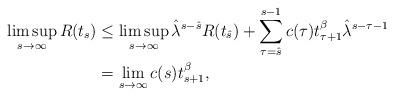
LaTeX: \begin{align*} \limsup_{s\to\infty}R(t_s)&\leq \limsup_{s\to\infty}\hat{\lambda}^{s-\hat{s}} R(t_{\hat{s}})+\sum_{\tau=\hat{s}}^{s-1}c(\tau)t_{\tau+1}^{\beta}\hat{\lambda}^{s-\tau-1}\cr &=\lim_{s\to\infty}c(s)t_{s+1}^{\beta},\end{align*}